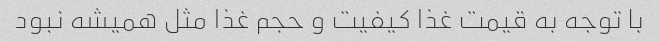
با توجه به قیمت غذا کیفیت و حجم غذا مثل همیشه نبود